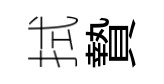
拭贄